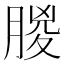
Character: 朡